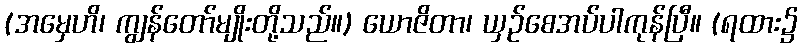
(အမှေဟိ၊ ကျွန်တော်မျိုးတို့သည်။) ယောဇိတာ၊ ယှဉ်စေအပ်ပါကုန်ပြီ။ (ရထား၌